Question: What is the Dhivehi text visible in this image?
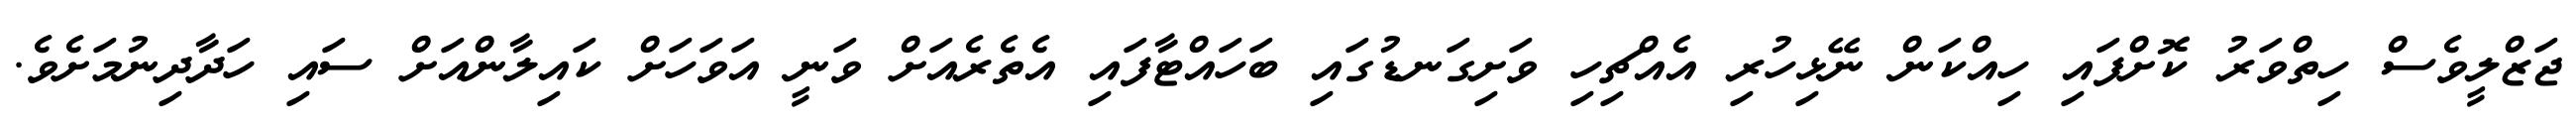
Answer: ޖަޒްލީވެސް ހިތްވަރު ކޮށްފައި ހިއްކަން ނޭޅިހުރި އެއްޗިހި ވަށިގަނޑުގައި ބަހައްޓާފައި އެތެރެއަށް ވަނީ އަވަހަށް ކައިލާންއަށް ސައި ހަދާދިނުމަށެވެ.